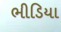
ભીડિયા